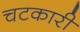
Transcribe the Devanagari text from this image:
चटकारी